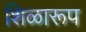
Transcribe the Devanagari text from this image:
शिळारूप